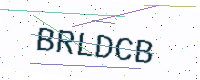
Text: BRLDCB